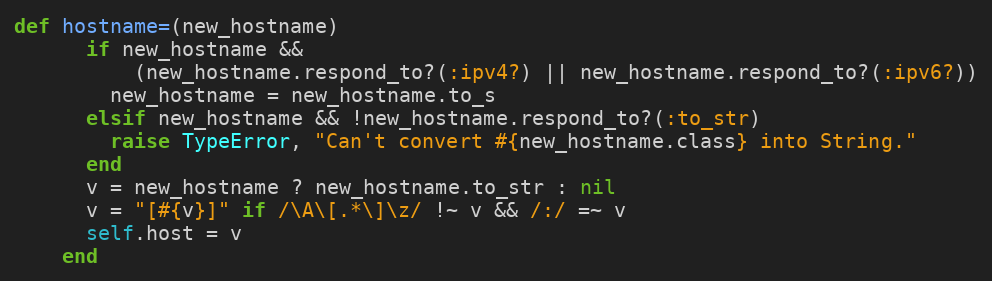
Language: Ruby
def hostname=(new_hostname)
      if new_hostname &&
          (new_hostname.respond_to?(:ipv4?) || new_hostname.respond_to?(:ipv6?))
        new_hostname = new_hostname.to_s
      elsif new_hostname && !new_hostname.respond_to?(:to_str)
        raise TypeError, "Can't convert #{new_hostname.class} into String."
      end
      v = new_hostname ? new_hostname.to_str : nil
      v = "[#{v}]" if /\A\[.*\]\z/ !~ v && /:/ =~ v
      self.host = v
    end